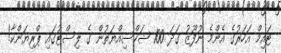
ޓައިމް އަހަރުގެ އެންމެ ނުފޫޒު ގަދަ 100 ޝަހްސިއްޔަތުން ގެ ލިސްޓުގައި ޕްރިޔަންކާ!